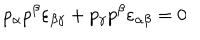
p _ { \alpha } p ^ { \beta } \varepsilon _ { \beta \gamma } + p _ { \gamma } p ^ { \beta } \varepsilon _ { \alpha \beta } = 0